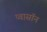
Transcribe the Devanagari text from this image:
प्वासॉन